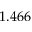
1 . 4 6 6